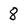
Character: 8